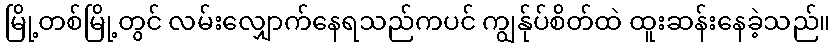
မြို့တစ်မြို့တွင် လမ်းလျှောက်နေရသည်ကပင် ကျွန်ုပ်စိတ်ထဲ ထူးဆန်းနေခဲ့သည်။